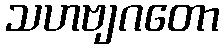
သဟဗျဂတော